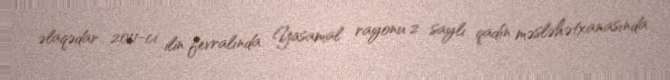
əlaqədar 2011-ci ilin fevralında Yasamal rayonu 2 saylı qadın məsləhətxanasında